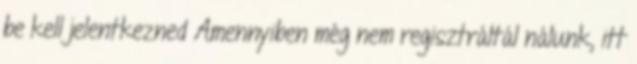
be kell jelentkezned Amennyiben még nem regisztráltál nálunk, itt